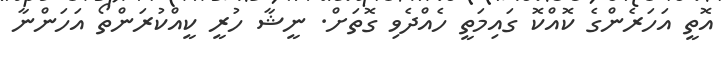
އޮތީ އަހަރެންގެ ކޮއްކޮ ގައިމަތީ ހެއްދެވި ގޮތަށް. ނީޝާ ހުރީ ކީއްކުރަންތޯ އަހަންނާ